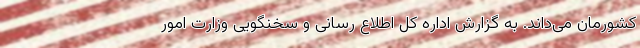
کشورمان می‌داند. به گزارش اداره کل اطلاع رسانی و سخنگویی وزارت امور